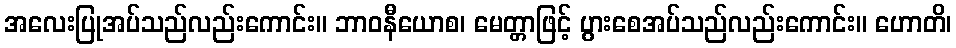
အလေးပြုအပ်သည်လည်းကောင်း။ ဘာဝနီယောစ၊ မေတ္တာဖြင့် ပွားစေအပ်သည်လည်းကောင်း။ ဟောတိ၊